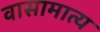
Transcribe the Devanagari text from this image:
वासामात्य